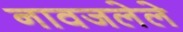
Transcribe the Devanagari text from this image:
नावजलेले